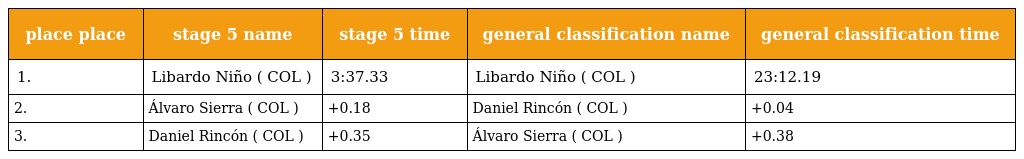
| place place | stage 5 name | stage 5 time | general classification name | general classification time |
 | --- | --- | --- | --- | --- |
 | 1. | Libardo Niño ( COL ) | 3:37.33 | Libardo Niño ( COL ) | 23:12.19 |
 | 2. | Álvaro Sierra ( COL ) | +0.18 | Daniel Rincón ( COL ) | +0.04 |
 | 3. | Daniel Rincón ( COL ) | +0.35 | Álvaro Sierra ( COL ) | +0.38 |